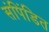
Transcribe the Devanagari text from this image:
संपिंडित